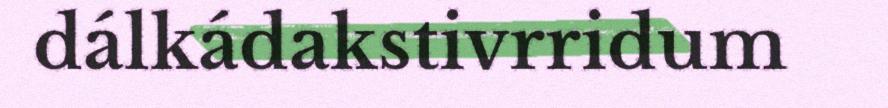
dálkádakstivrridum